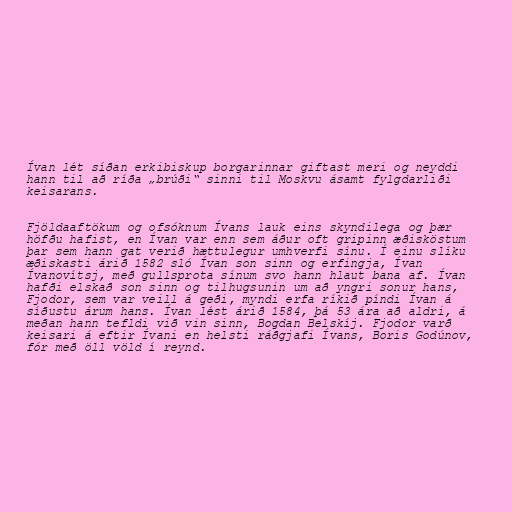
Ívan lét síðan erkibiskup borgarinnar giftast meri og neyddi
hann til að ríða „brúði“ sinni til Moskvu ásamt fylgdarliði
keisarans.

Fjöldaaftökum og ofsóknum Ívans lauk eins skyndilega og þær
höfðu hafist, en Ívan var enn sem áður oft gripinn æðisköstum
þar sem hann gat verið hættulegur umhverfi sínu. Í einu slíku
æðiskasti árið 1582 sló Ívan son sinn og erfingja, Ívan
Ívanovítsj, með gullsprota sínum svo hann hlaut bana af. Ívan
hafði elskað son sinn og tilhugsunin um að yngri sonur hans,
Fjodor, sem var veill á geði, myndi erfa ríkið píndi Ívan á
síðustu árum hans. Ívan lést árið 1584, þá 53 ára að aldri, á
meðan hann tefldi við vin sinn, Bogdan Belskíj. Fjodor varð
keisari á eftir Ívani en helsti ráðgjafi Ívans, Boris Godúnov,
fór með öll völd í reynd.